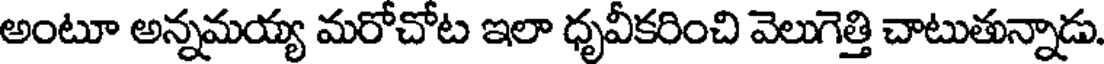
అంటూ అన్నమయ్య మరోచోట ఇలా ధృవీకరించి వెలుగెత్తి చాటుతున్నాడు.